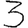
Digit: 3